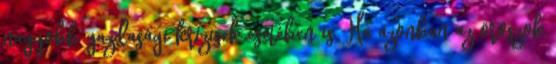
nagyobb gazdasági krízisek esetében is. Ha azonban az oroszok